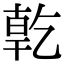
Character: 亁